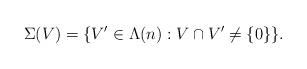
LaTeX: \begin{align*}\Sigma(V)=\{V'\in\Lambda(n):V\cap V'\neq\{0\} \}.\end{align*}